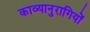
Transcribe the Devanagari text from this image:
काव्यानुरागियों